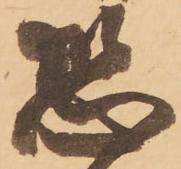
恐